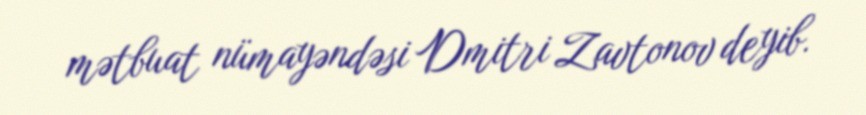
mətbuat nümayəndəsi Dmitri Zavtonov deyib.